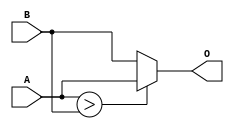
module comb3
(
    input wire [3:0] A,
    input wire [3:0] B,
    output wire [3:0] O
);
    // assign O = A >> B;
    // assign O = A < B;
    // assign O = B == B;
    // assign O = A & B;
    // assign O = |B;
    // assign O = (A>B)||(B>A);
    // assign O = {A[3:2], B[1:0]};
    assign O = (A>B) ?A :B;
endmodule